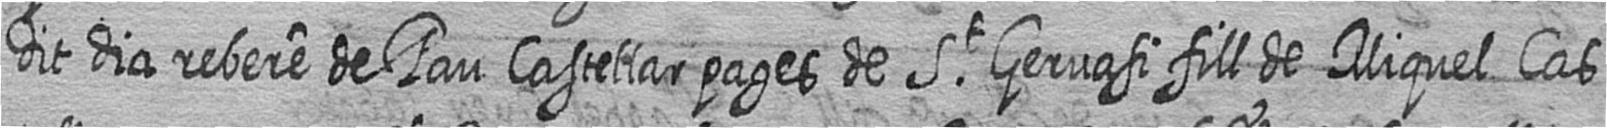
Dit dia rebere de Pau Castellar pages de St Gervasi fill de Miquel Cas